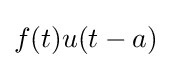
f(t)u(t-a)\